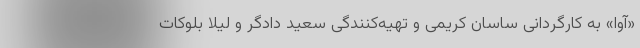
«آوا» به کارگردانی ساسان کریمی و تهیه‌کنندگی سعید دادگر و لیلا بلوکات